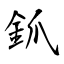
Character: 釽